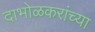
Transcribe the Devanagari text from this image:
दाभोळकरांच्या